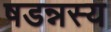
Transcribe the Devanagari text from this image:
षडन्नस्य